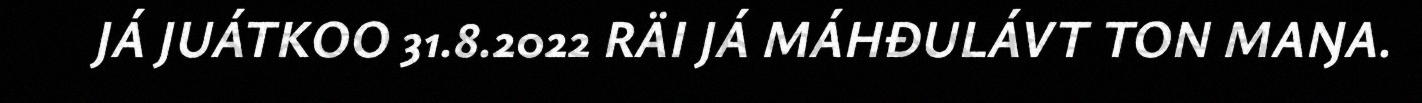
JÁ JUÁTKOO 31.8.2022 RÄI JÁ MÁHĐULÁVT TON MAŊA.